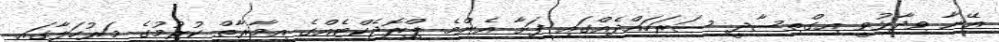
އޭނާ ވިދާޅުވީ އިގްތިސާދީ ސަރަހައްދެއްގައި ފަށާ އެންމެ ޕްރޮޖެކްޓެއްގެ އިމާރާތް ކުރުމުގެ މަރުހަލާގައި